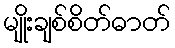
မျိုးချစ်စိတ်ဓာတ်